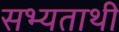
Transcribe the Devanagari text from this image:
सभ्यताथी